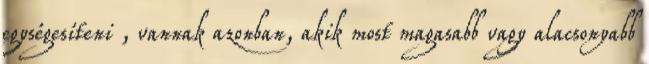
egységesíteni , vannak azonban, akik most magasabb vagy alacsonyabb